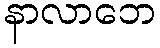
နာလာဘေ